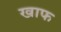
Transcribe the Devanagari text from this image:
खाफ